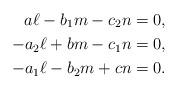
LaTeX: \begin{align*}a\ell-b_1m-c_2n &= 0,\\-a_2\ell+bm-c_1n &= 0,\\-a_1\ell-b_2m+cn &= 0.\end{align*}